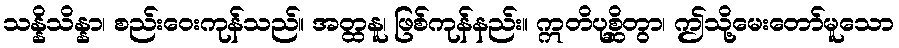
သန္နိသိန္နာ၊ စည်းဝေးကုန်သည်။ အတ္ထနူ၊ ဖြစ်ကုန်နည်း။ ဣတိပုစ္ဆိတွာ၊ ဤသို့မေးတော်မူသော